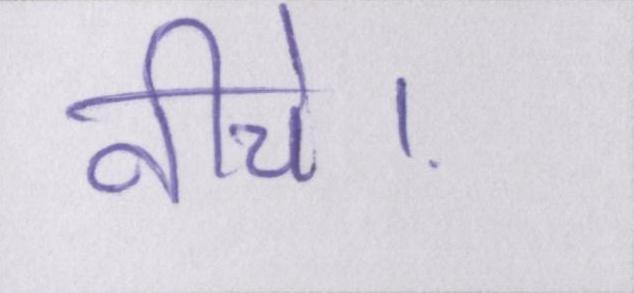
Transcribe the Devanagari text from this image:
नीचे।